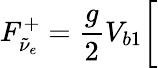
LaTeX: F_{\tilde{\nu}_{e}}^{+}={\frac{g}{2}}V_{b1}\bigg[